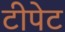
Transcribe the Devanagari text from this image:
टीपेट